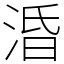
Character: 涽